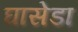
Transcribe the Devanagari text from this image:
घासेडा